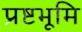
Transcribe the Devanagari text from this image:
प्रष्टभूमि